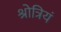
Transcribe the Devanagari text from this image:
श्रोत्रियं